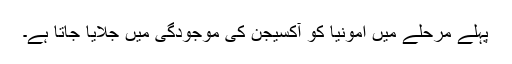
پہلے مرحلے میں امونیا کو آکسیجن کی موجودگی میں جلایا جاتا ہے۔